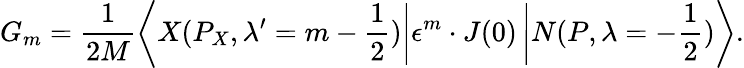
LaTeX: G_{m}=\frac{1}{2M}\left\langle X(P_{X},\lambda^{\prime}=m-\frac{1}{2})\right|\epsilon^{m}\cdot J(0)\left|N(P,\lambda=-\frac{1}{2})\right\rangle.